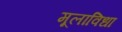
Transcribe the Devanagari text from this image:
मूलाविधा